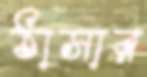
ঠাসার